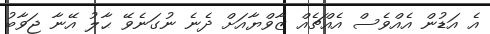
އެ އަޑުން އެއްވެސް އެއްޗެއް ޒާވްޔާއަށް ދެނެ ނުގަނެވޭ ޙާލު އޭނާ ޖަވާބު